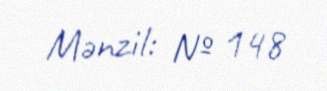
Mənzil: № 148